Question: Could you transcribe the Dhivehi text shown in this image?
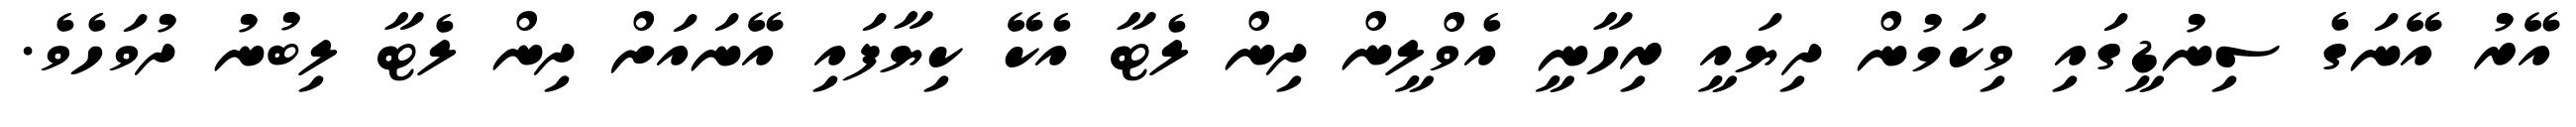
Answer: އޭރު އޭނަގެ ސިނުޑީގައި ވިކަމުން ދިޔައީ ރިހާނީ އެވްލީން ދިން ލެޓާ އެކޭ ކިޔާފައި އޭނައަށް ދިން ލެޓާ ލިބުނު ދުވަހެވެ.